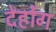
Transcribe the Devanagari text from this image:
देहोंग